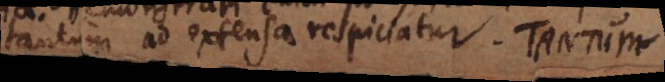
tantum ad extensa respiciatur. TANTUM